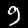
Digit: 9